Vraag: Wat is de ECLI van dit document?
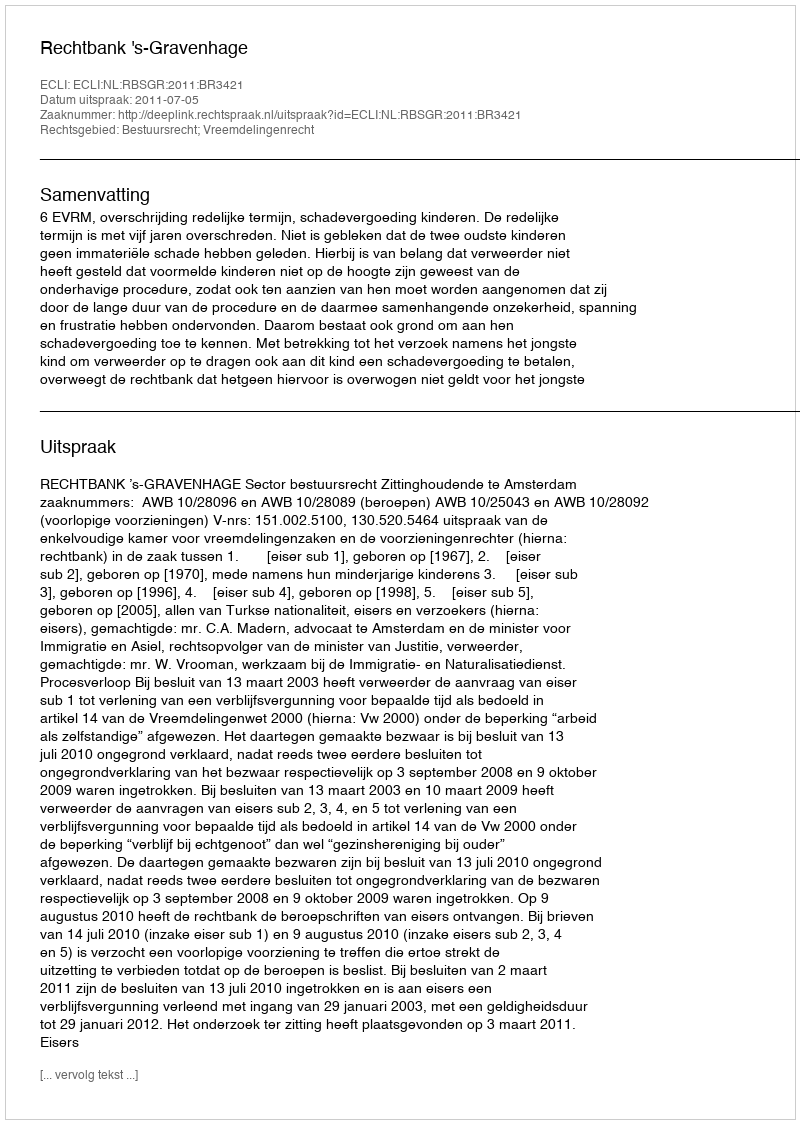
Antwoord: ECLI:NL:RBSGR:2011:BR3421